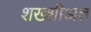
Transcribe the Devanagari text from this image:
शख्शीअत